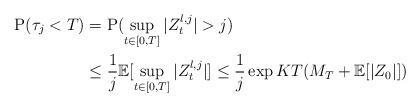
LaTeX: \begin{align*} \mathrm{P}(\tau_j<T)&=\mathrm{P}(\sup_{t\in [0,T]} |Z^{\l,j}_t|>j)\\& \leq \frac{1}{j}\mathbb{E}[ \sup_{t\in [0,T]} |Z^{\l,j}_t| ] \leq \frac{1}{j}\exp{KT} (M_T +\mathbb{E}[|Z_0|]) \end{align*}